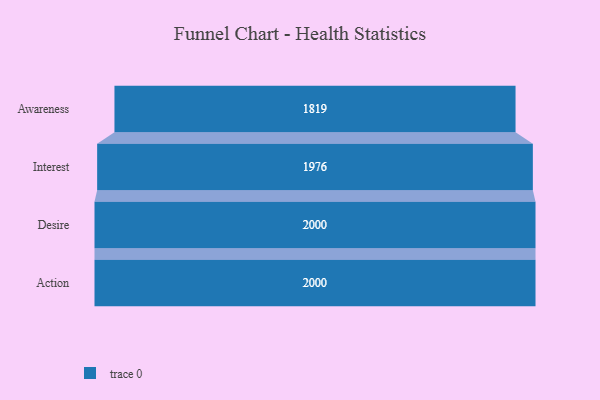
{"axis": {"x": "Stage", "y": "Value"}, "legend": [""], "data": [{"x": "Awareness", "y": 1819.0, "type": ""}, {"x": "Interest", "y": 1976.0, "type": ""}, {"x": "Desire", "y": 2000, "type": ""}, {"x": "Action", "y": 2000, "type": ""}]}